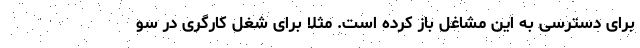
برای دسترسی به این مشاغل باز کرده است. مثلا برای شغل کارگری در سو